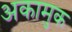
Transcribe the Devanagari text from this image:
अकामुक